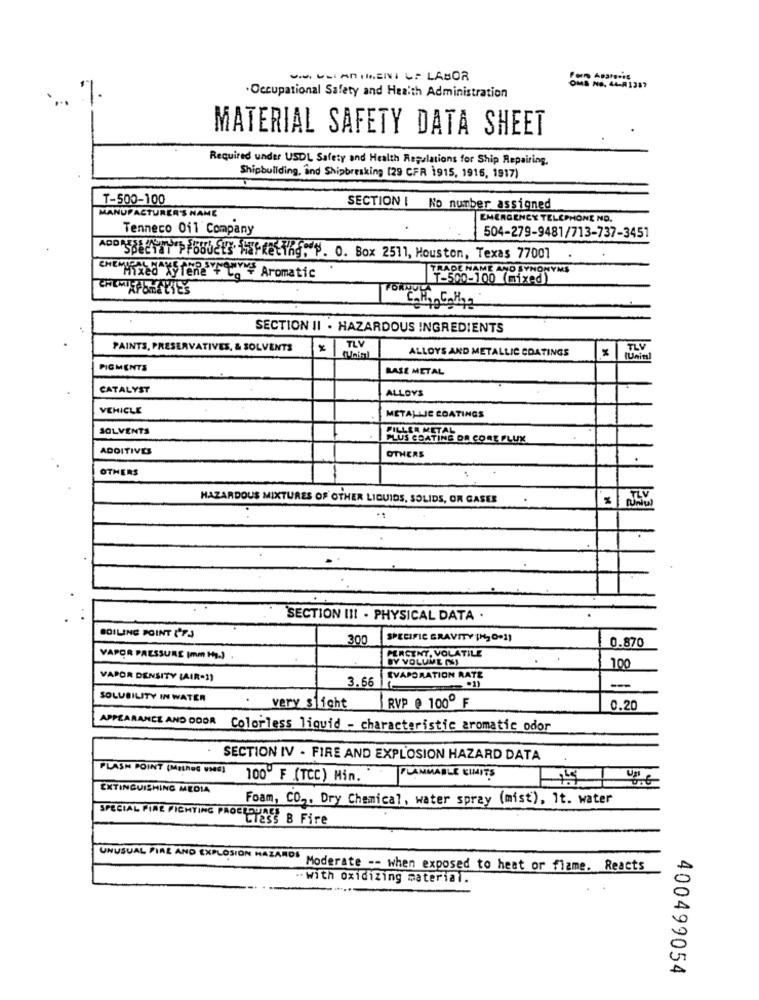
OMS NO. 44-A1387
.Occupational Safety and Health Administration
MATERIAL SAFETY DATA SHEET
Required under USDL Safety and Health Regulations for Ship Repairing.
Shipbuilding, and Shipbreaking (29 CFR 1915, 1915, 1917)
T-500-100
S NAME
SECTION | No number assigned
MANUFACTURER
EMERGENCY TELEPHONE NO.
Tenneco Oil Company
504-279-9481/713-737-3451
ADD 5882 PFELS HEKeting .. O. Box 2511, Houston, Texas 77001
SŁOE NAME AND SYNONYMS
CML Hired XS fene" + Co # Aromatic
2500-100 (mixed)
CHIMIEPORELIES
SECTION II . HAZARDOUS INGREDIENTS
TLV
PAINTS, PRESERVATIVES, & SOLVENTS
ALLOYS AND METALLIC COATINGS
TLV
IUnitsl
PIGMENTS
BASE METAL
CATALYST
ALLOYS
VEHICLE
METALLIC COATINGS
SOLVENTS
PILLER METAL
PLUS COATING DA CORE PLUK
ADDITIVES
OTHERS
OTHERS
HAZARDOUS MIXTURES OF OTHER LIQUIDS, SOLIDS, OR GASES
SECTION III - PHYSICAL DATA ·
BOILING POINT ('FJ
300
SPECIFIC GRAVITY (H2 O.1)
0.870
VAPOR PRESSURE (mm Hg.)
PERCENT, VOLATILE
BY VOLUME (S)
100
VAPOR DENSITY (AIR-11
3.66
EVAPORATION RATE
-
SOLUBILITY IN WATER
very slight
RVP @ 100º F
0.20
APPEARANCE AND DOOR
Colorless liquid - characteristic aromatic odor
SECTION IV - FIRE AND EXPLOSION HAZARD DATA
PLASH POINT (Method used]
100º F (TCC) Hin."
FLAMMABLE LIMITS
EXTINGUISHING MEDIA
Foam, CO .. Dry Chemical, water spray (mist), It. water
SPECIAL FIRE FIGHTING PAGE CLASS B Fire
UNUSUAL PIRE AND EXPLOSION HAZARDS
Moderate -- when exposed to heat or flame. Reacts
.. With oxidizing material.
400499054